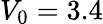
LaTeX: V_{0}=3.4